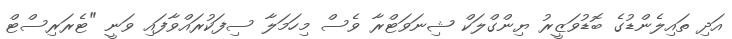
އަދި ތައިލެންޑުގެ ބޮޑުވަޒީރު ޔިންގްލަކް ޝިނަވަޓްރާ ވެސް މިހަމަލާ ސިފަކުރައްވާފައި ވަނީ "ޓެރަރިސްޓް